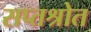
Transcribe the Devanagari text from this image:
सप्तश्रोत